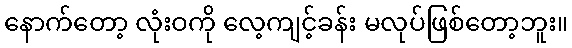
နောက်တော့ လုံးဝကို လေ့ကျင့်ခန်း မလုပ်ဖြစ်တော့ဘူး။